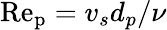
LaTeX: \mathrm{Re_{p}}=v_{s}d_{p}/\nu